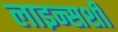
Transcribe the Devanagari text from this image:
लाइन्सशी